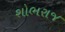
શોભરાજ